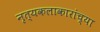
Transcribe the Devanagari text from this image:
नृत्यकलाकारांच्या